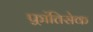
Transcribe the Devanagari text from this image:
फ़्रांतिसेक